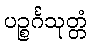
ပဉ္စင်္ဂသုတ္တံ